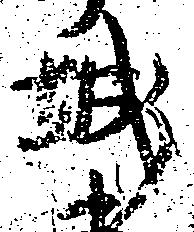
城